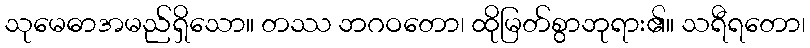
သုမေဓာအမည်ရှိသော။ တဿ ဘဂဝတော၊ ထိုမြတ်စွာဘုရား၏။ သရီရတော၊